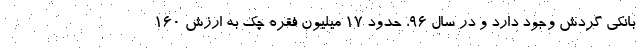
بانکی گردش وجود دارد و در سال ۹۶، حدود ۱۷ میلیون فقره چک به ارزش ۱۶۰